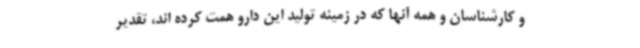
و کارشناسان و همه آنها که در زمینه تولید این دارو همت کرده اند، تقدیر